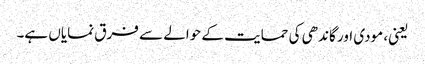
یعنی، مودی اور گاندھی کی حمایت کے حوالے سے فرق نمایاں ہے۔